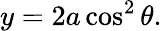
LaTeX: y=2a\cos^{2}\theta.